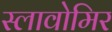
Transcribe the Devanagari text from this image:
स्लावोमिर